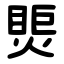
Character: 㷡